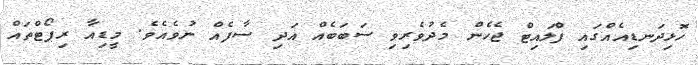
ހޮޅިދަނޑިއެއްގައި ފްލައިޓް ޖެހެން މެދުވެރިވި ސަބަބެއް އަދި ސާފެއް ނުވެއެވެ. މީޑިއާ ރިޕޯޓްތައް